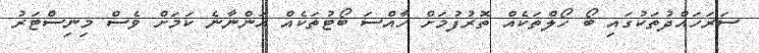
ސަރަހައްދުތަކުގައި ބޯ ހޯލްތަކެއް ތޮރުފުމަށް ހާއްސަ ބޯޓުތަކެއް އަންނާނެ ކަމަށް ވެސް މިނިސްޓަރު